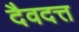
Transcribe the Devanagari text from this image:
दैवदत्त